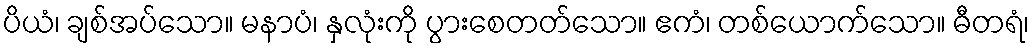
ပိယံ၊ ချစ်အပ်သော။ မနာပံ၊ နှလုံးကို ပွားစေတတ်သော။ ဧကံ၊ တစ်ယောက်သော။ ဓီတရံ၊